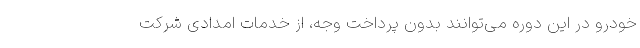
خودرو در این دوره می‌توانند بدون پرداخت وجه، از خدمات امدادی شرکت